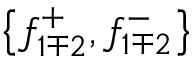
\left\{ f _ { 1 \mp 2 } ^ { + } , f _ { 1 \mp 2 } ^ { - } \right\}